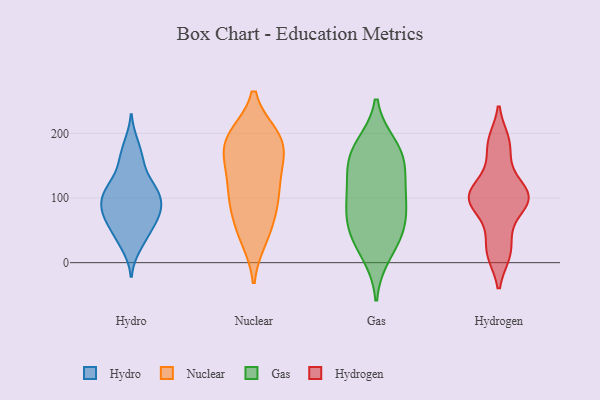
{"axis": {"x": "Demand Index", "y": "Value"}, "legend": ["Gas", "Hydro", "Hydrogen", "Nuclear"], "data": [{"x": "", "y": 115, "type": "Hydro"}, {"x": "", "y": 78, "type": "Hydro"}, {"x": "", "y": 78, "type": "Hydro"}, {"x": "", "y": 52, "type": "Hydro"}, {"x": "", "y": 160, "type": "Hydro"}, {"x": "", "y": 185, "type": "Hydro"}, {"x": "", "y": 88, "type": "Hydro"}, {"x": "", "y": 23, "type": "Hydro"}, {"x": "", "y": 106, "type": "Hydro"}, {"x": "", "y": 76, "type": "Hydro"}, {"x": "", "y": 40, "type": "Hydro"}, {"x": "", "y": 60, "type": "Hydro"}, {"x": "", "y": 119, "type": "Hydro"}, {"x": "", "y": 151, "type": "Hydro"}, {"x": "", "y": 116, "type": "Hydro"}, {"x": "", "y": 97, "type": "Hydro"}, {"x": "", "y": 197, "type": "Nuclear"}, {"x": "", "y": 156, "type": "Nuclear"}, {"x": "", "y": 40, "type": "Nuclear"}, {"x": "", "y": 127, "type": "Nuclear"}, {"x": "", "y": 197, "type": "Nuclear"}, {"x": "", "y": 97, "type": "Nuclear"}, {"x": "", "y": 137, "type": "Nuclear"}, {"x": "", "y": 59, "type": "Nuclear"}, {"x": "", "y": 36, "type": "Nuclear"}, {"x": "", "y": 81, "type": "Nuclear"}, {"x": "", "y": 191, "type": "Nuclear"}, {"x": "", "y": 169, "type": "Nuclear"}, {"x": "", "y": 98, "type": "Nuclear"}, {"x": "", "y": 155, "type": "Nuclear"}, {"x": "", "y": 102, "type": "Nuclear"}, {"x": "", "y": 195, "type": "Nuclear"}, {"x": "", "y": 190, "type": "Nuclear"}, {"x": "", "y": 60, "type": "Gas"}, {"x": "", "y": 105, "type": "Gas"}, {"x": "", "y": 104, "type": "Gas"}, {"x": "", "y": 161, "type": "Gas"}, {"x": "", "y": 52, "type": "Gas"}, {"x": "", "y": 38, "type": "Gas"}, {"x": "", "y": 168, "type": "Gas"}, {"x": "", "y": 122, "type": "Gas"}, {"x": "", "y": 76, "type": "Gas"}, {"x": "", "y": 162, "type": "Gas"}, {"x": "", "y": 180, "type": "Gas"}, {"x": "", "y": 14, "type": "Gas"}, {"x": "", "y": 14, "type": "Hydrogen"}, {"x": "", "y": 105, "type": "Hydrogen"}, {"x": "", "y": 14, "type": "Hydrogen"}, {"x": "", "y": 188, "type": "Hydrogen"}, {"x": "", "y": 94, "type": "Hydrogen"}, {"x": "", "y": 183, "type": "Hydrogen"}, {"x": "", "y": 89, "type": "Hydrogen"}, {"x": "", "y": 49, "type": "Hydrogen"}, {"x": "", "y": 105, "type": "Hydrogen"}, {"x": "", "y": 142, "type": "Hydrogen"}, {"x": "", "y": 108, "type": "Hydrogen"}, {"x": "", "y": 98, "type": "Hydrogen"}]}